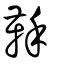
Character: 鞂